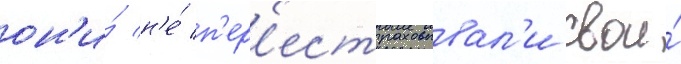
он'и́ н'е́ п'ер'естраховывал'и свои́